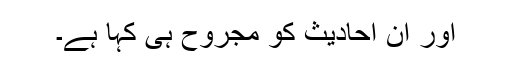
اور ان احادیث کو مجروح ہی کہا ہے۔